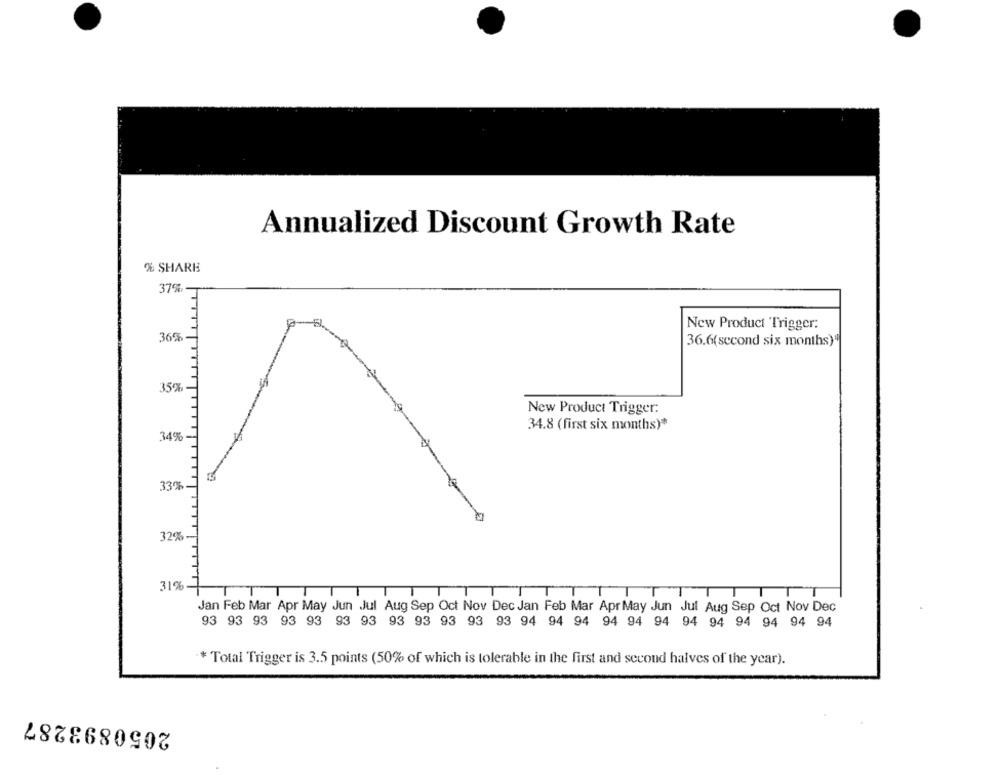
Annualized Discount Growth Rate
% SHARE
37%
New Product Trigger:
36%
36.6(second six months)"
35%
New Product Trigger:
34.8 (first six months)*
34%
33%
32%
31%
T
TT
TT
TT
ITT
Jan Feb Mar Apr May Jun Jul Aug Sep Oct Nov Dec Jan Feb Mar Apr May Jun Jul Aug Sep Oct Nov Dec
93 93 93 93 93 93 93 93 93 93 93 93 94 94 94 94 94 94 94 94 94 94 94 94
* Total Trigger is 3.5 points (50% of which is tolerable in the first and second halves of the year).
2050893287